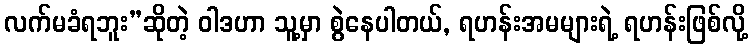
လက်မခံရဘူး”ဆိုတဲ့ ဝါဒဟာ သူ့မှာ စွဲနေပါတယ်, ရဟန်းအမများရဲ့ ရဟန်းဖြစ်လို့